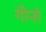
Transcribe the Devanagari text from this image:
गीनो